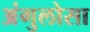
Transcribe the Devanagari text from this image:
अंगुलोसा